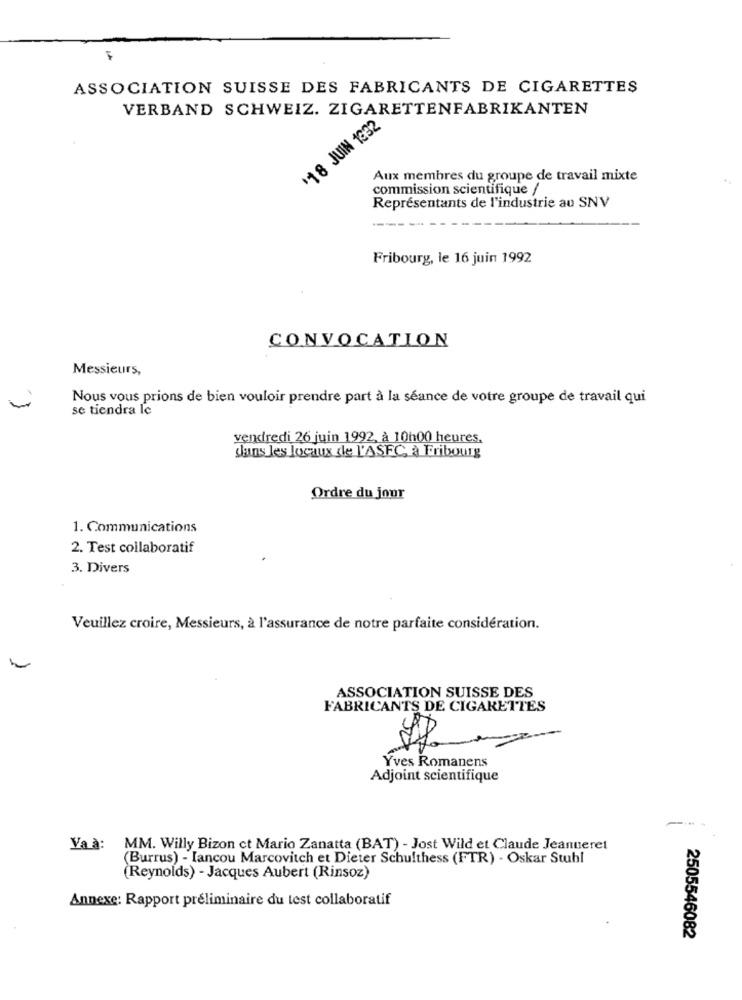
ASSOCIATION SUISSE DES FABRICANTS DE CIGARETTES
VERBAND SCHWEIZ. ZIGARETTENFABRIKANTEN
'18 JUIN 1332
Aux membres du groupe de travail mixte
commission scientifique /
Représentants de l'industrie au SNV
--- -
Fribourg, le 16 juin 1992
CONVOCATION
Messieurs,
Nous vous prions de bien vouloir prendre part à la séance de votre groupe de travail qui
se tiendra le
vendredi 26 juin 1992, à 10h00 heures.
dans les locaux de L'ASFC, à Fribourg
Ordre du jour
1. Communications
2. Test collaboratif
3. Divers
Veuillez croire, Messieurs, à l'assurance de notre parfaite considération.
ASSOCIATION SUISSE DES
FABRICANTS DE CIGARETTES
Yves Romanens
A82
Adjoint scientifique
Va à: MM. Willy Bizon ct Mario Zanatta (BAT) - Jost Wild et Claude Jeanneret
(Burrus) - Iancou Marcovitch et Dieter Schulthess (FTR) - Oskar Stuhl
(Reynolds) - Jacques Aubert (Rinsoz)
Annexe: Rapport préliminaire du test collaboratif
2505546082